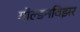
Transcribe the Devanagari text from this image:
गोल्डनविझर